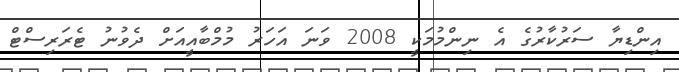
އިންޑިޔާ ސަރުކާރުގެ އެ ނިންމުމަކީ 2008 ވަނަ އަހަރު މުމްބާއީއަށް ދެވުނު ޓެރަރިސްޓް